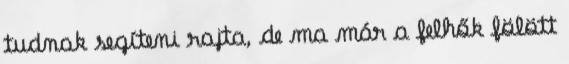
tudnak segíteni rajta, de ma már a felhők fölött